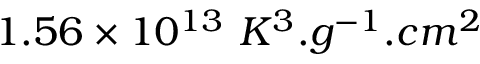
1 . 5 6 \times 1 0 ^ { 1 3 } \ K ^ { 3 } . g ^ { - 1 } . c m ^ { 2 }